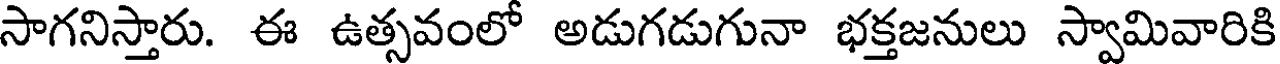
సాగనిస్తారు. ఈ ఉత్సవంలో అడుగడుగునా భక్తజనులు స్వామివారికి